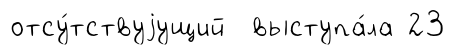
отсу́тствуjущий выступа́ла 23